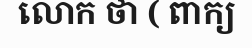
លោក ថា ( ពាក្យ